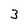
Character: 3